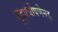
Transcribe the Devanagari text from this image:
युद्धघोषणेसह